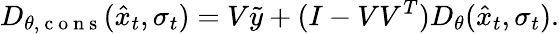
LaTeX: D_{\theta,\mathrm{~c~o~n~s~}}(\hat{x}_{t},\sigma_{t})=V\tilde{y}+(I-VV^{T})D_{\theta}(\hat{x}_{t},\sigma_{t}).